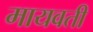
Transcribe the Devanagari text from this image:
मायवती